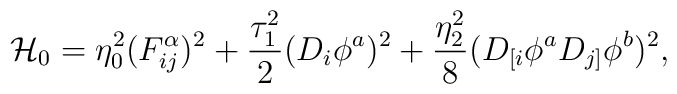
{\cal H}_0 = \eta_0^2 (F^{\alpha}_{ij})^2 + \frac{\tau_1^2}{2} (D_i\phi^a)^2 + \frac{\eta_2^2}{8} (D_{[i}\phi^a D_{j]}\phi^b )^2,